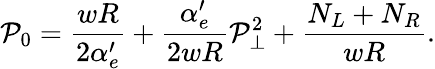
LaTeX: \mathcal{P}_{0}=\frac{{wR}}{{2\alpha_{e}^{\prime}}}+\frac{{\alpha_{e}^{\prime}}}{{2wR}}\mathcal{P}_{\perp}^{2}+\frac{{N_{L}+N_{R}}}{{wR}}.